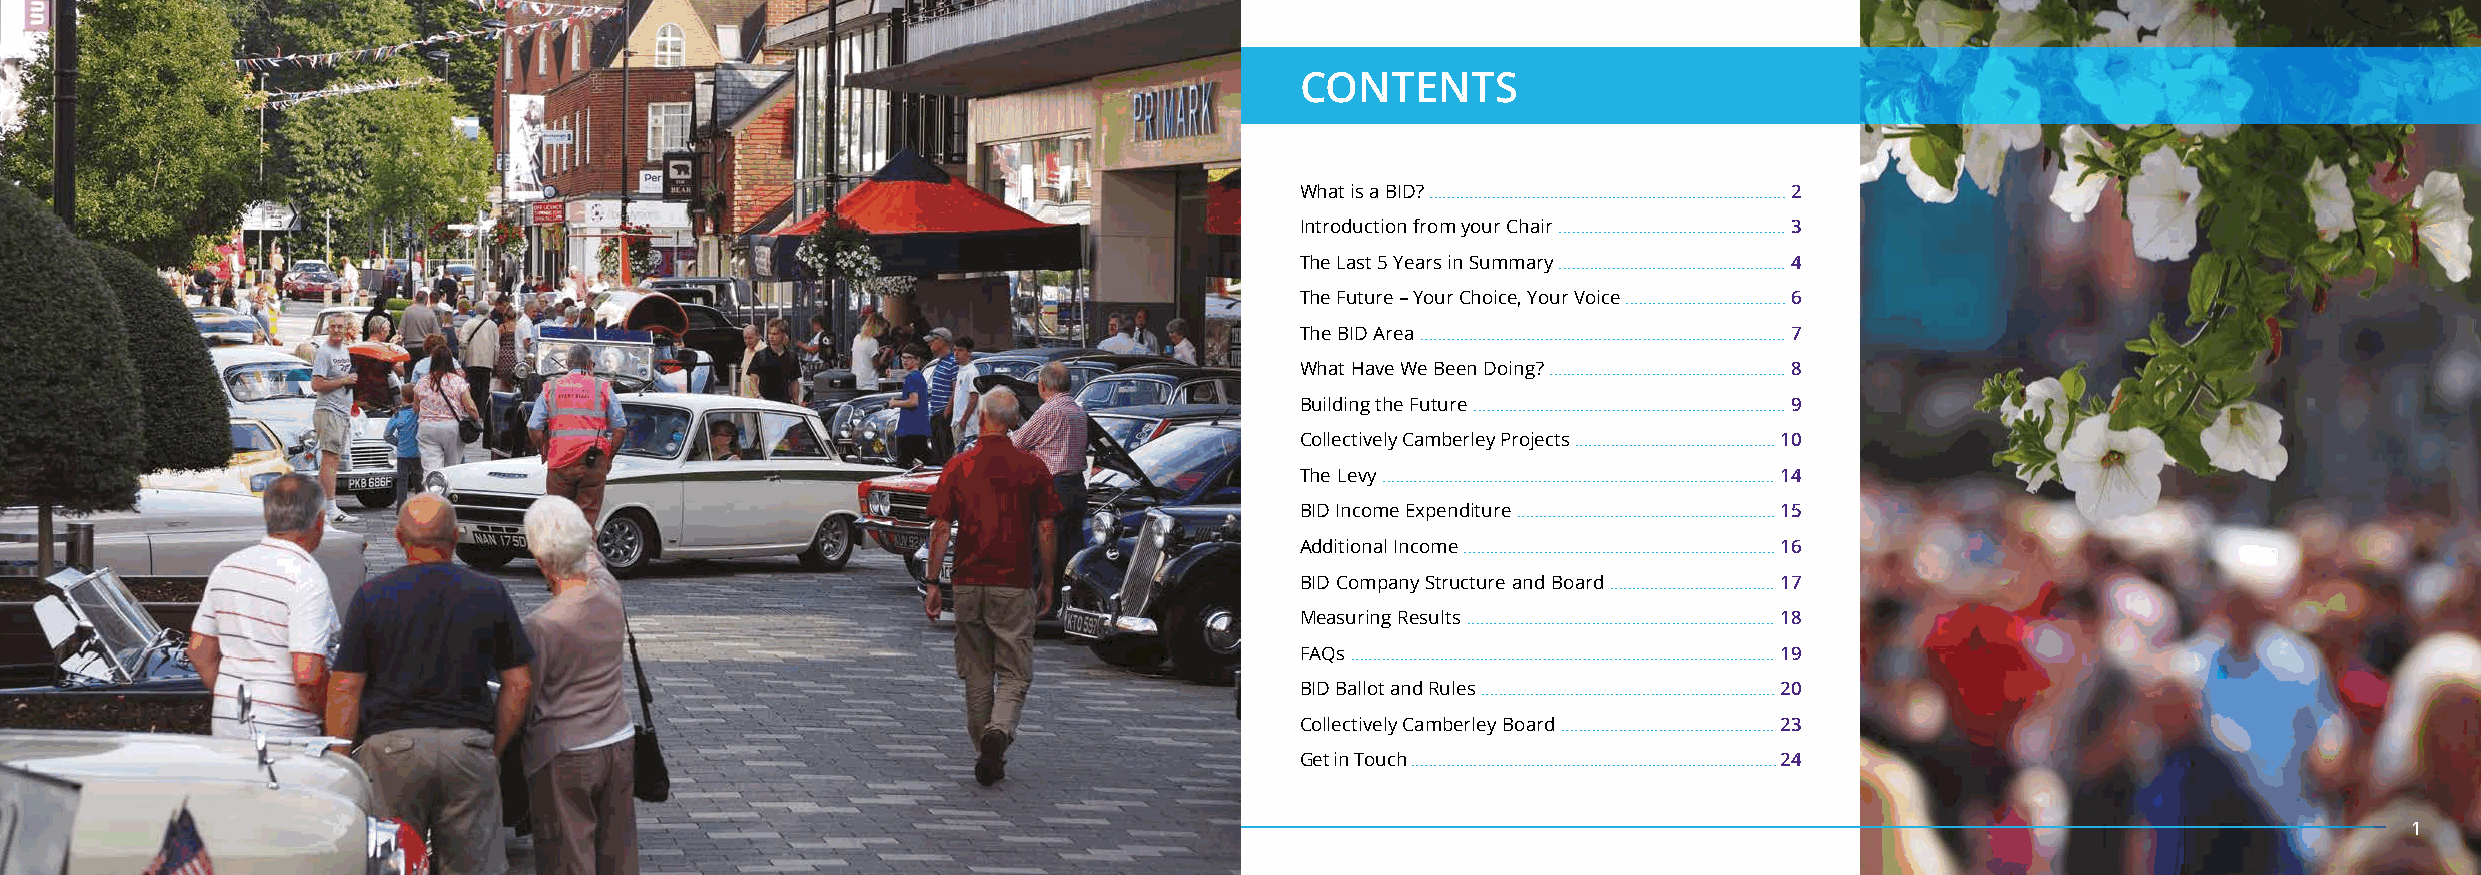
CONTENTS
 What is a BID? ................................................................................ 2
 Introduction from your Chair ................................................... 3
 The Last 5 Years in Summary ................................................... 4
 The Future – Your Choice, Your Voice .................................... 6
 The BID Area .................................................................................. 7
 What Have We Been Doing? ..................................................... 8
 Building the Future ...................................................................... 9
 Collectively Camberley Projects ............................................. 10
 The Levy ........................................................................................ 14
 BID Income Expenditure .......................................................... 15
 Additional Income ...................................................................... 16
 BID Company Structure and Board ..................................... 17
 Measuring Results ..................................................................... 18
 FAQs ............................................................................................... 19
 BID Ballot and Rules .................................................................. 20
 Collectively Camberley Board ................................................ 23
 Get in Touch .................................................................................. 24
 1